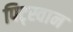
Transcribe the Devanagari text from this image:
पिट्स्वान